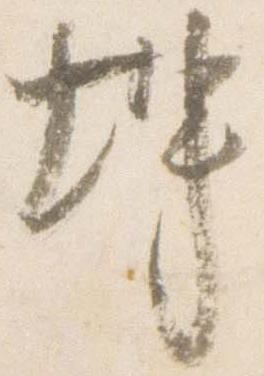
坤